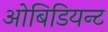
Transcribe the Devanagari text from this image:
ओबिडियन्ट